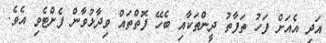
އަދި އެއަށް ފަހު ތަފާތު ދީންތަކާއި ބެހޭ ފޮތްތައް ވިދާޅުވާން ފެށްޓެވި އެވެ.